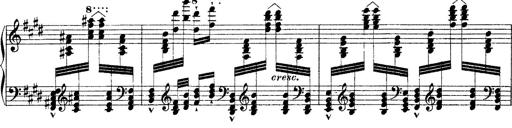
Title: Ã‰tudes d'exÃ©cution transcendante d'aprÃ¨s Paganini
Composer: Franz Liszt